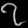
Digit: ၇